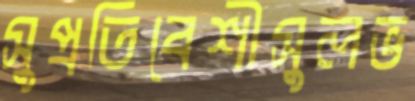
সুপ্রতিবেশীসুলভ